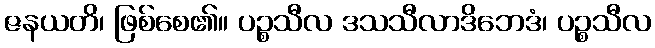
ဇနယတိ၊ ဖြစ်စေ၏။ ပဉ္စသီလ ဒသသီလာဒိဘေဒံ၊ ပဉ္စသီလ